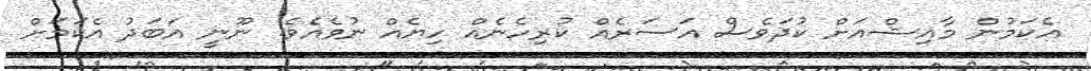
އެކަމުން މާއިޝްއަށް ކުދަވެސް އަސަރެއް ކުރިހެނެއް ހިޔެއް ނުވެއެވެ. ނޫނީ އަބަދު އެކަމަށް